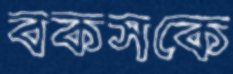
বকসকে